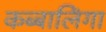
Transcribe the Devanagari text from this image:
कब्बालिंगा